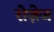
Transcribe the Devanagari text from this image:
रोज़ेज